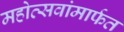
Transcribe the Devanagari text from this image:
महोत्सवांमार्फत